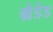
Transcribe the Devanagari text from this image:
ग्रेडेड